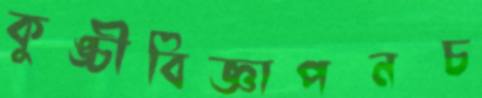
কুঙ্চীবিজ্ঞাপনচ